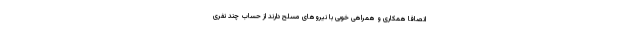
انصافا همکاری و همراهی خوبی با نیروهای مسلح دارند از حساب چند نفری